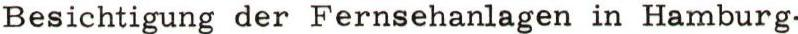
Besichtigung der Fernsehanlagen in Hamburg